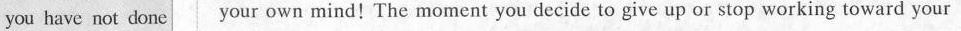
you have not done your own mind! The moment you decide to give up or stop working toward your